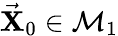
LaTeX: \vec{\mathbf X}_{0}\in\mathcal{M}_{1}